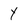
Character: Y